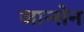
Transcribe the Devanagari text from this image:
जान्सेन